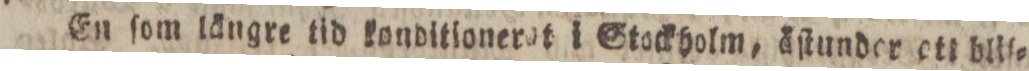
En ſom längre tid konditionerat i Stockholm, äſtunder ett blli=